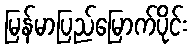
မြန်မာပြည်မြောက်ပိုင်း